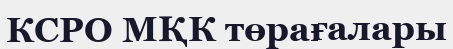
КСРО МҚК төрағалары